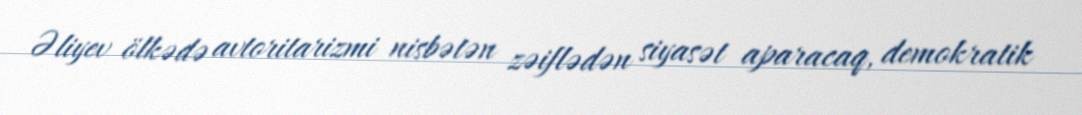
Əliyev ölkədə avtoritarizmi nisbətən zəiflədən siyasət aparacaq, demokratik